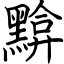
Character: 黭